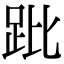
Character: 𧿥